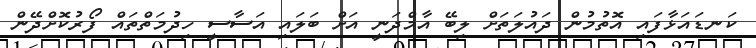
ކަނޑައަޅާފައި އޮތުމުން ދައުލަތަށް ލިބޭ އާމްދަނީ އަށް ބަލައި އަސާސީ ހިދުމަތްތައް ފޯރުކޮށްދޭން